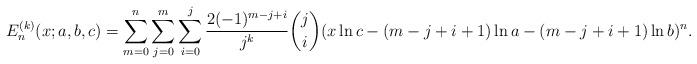
LaTeX: \begin{align*}{E}^{(k)}_n(x;a,b,c)=\sum_{m=0}^n\sum_{j=0}^m\sum_{i=0}^j\frac{2(-1)^{m-j+i}}{j^k}\binom{j}{i}(x\ln c-(m-j+i+1)\ln a-(m-j+i+1)\ln b)^n.\end{align*}